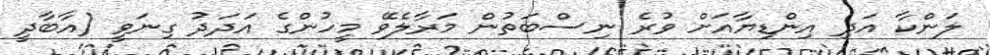
ލަންކާ އަދި އިންޑިޔާއަށް ވުރެ ނިސްބަތުން މަރާލެވޭ މީހުންގެ އަދަދު ގިނަވީ (އާބާދީ